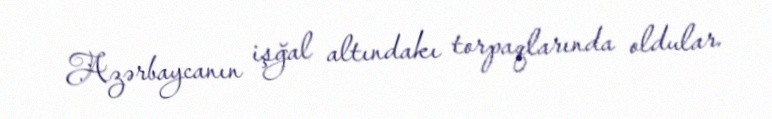
Azərbaycanın işğal altındakı torpaqlarında oldular.